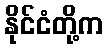
နိုင်ငံတို့က